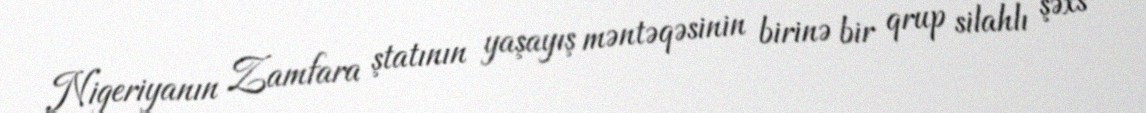
Nigeriyanın Zamfara ştatının yaşayış məntəqəsinin birinə bir qrup silahlı şəxs